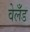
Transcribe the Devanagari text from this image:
वेलँड